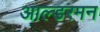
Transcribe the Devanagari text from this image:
आल्डरमन